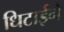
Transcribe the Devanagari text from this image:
धिटाईने